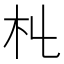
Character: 𣎹